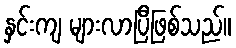
နှင်းကျ များလာပြီဖြစ်သည်။